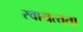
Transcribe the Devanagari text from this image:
स्वायत्त्तता